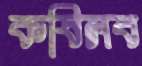
কষিলব